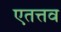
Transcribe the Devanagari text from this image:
एतत्तव